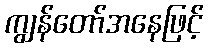
ကျွန်တော်အနေဖြင့်